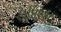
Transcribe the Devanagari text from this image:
८४४११५